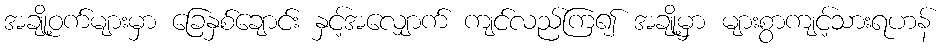
အချို့ဝက်များမှာ ခြေနှစ်ချောင်း နှင့်အလျှောက် ကျင်လည်ကြ၍ အချို့မှာ များစွာကျင့်သားရဟန်